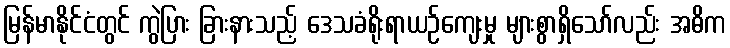
မြန်မာနိုင်ငံတွင် ကွဲပြား ခြားနားသည့် ဒေသခံရိုးရာယဉ်ကျေးမှု များစွာရှိသော်လည်း အဓိက